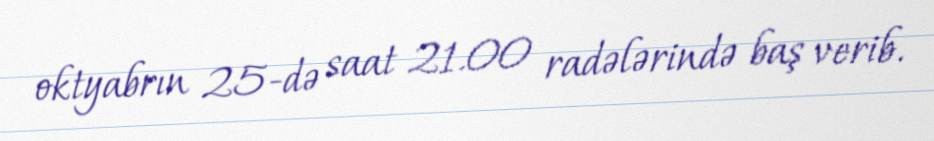
oktyabrın 25-də saat 21.00 radələrində baş verib.